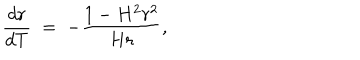
LaTeX: \frac { d r } { d T } \; = \; - \frac { 1 - H ^ { 2 } r ^ { 2 } } { H r } ,